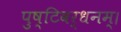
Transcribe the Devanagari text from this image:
पुष्टिवर्धनम्।